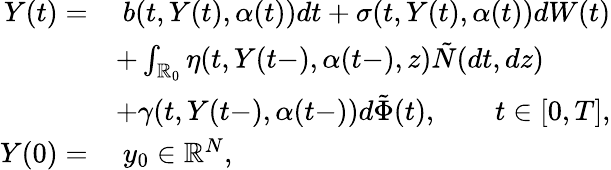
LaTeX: \begin{array}{rl}{Y(t)=}&{\ b(t,Y(t),\alpha(t))dt+\sigma(t,Y(t),\alpha(t))dW(t)}\\ &{+\int_{\mathbb{R}_{0}}\eta(t,Y(t-),\alpha(t-),z)\tilde{N}(dt,dz)}\\ &{+\gamma(t,Y(t-),\alpha(t-))d\tilde{\Phi}(t),\qquad t\in[0,T],}\\ {Y(0)=}&{\ y_{0}\in\mathbb{R}^{N},}\end{array}